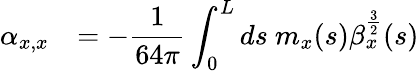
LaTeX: \begin{array}{cl}{\displaystyle\alpha_{x,x}}&{=\displaystyle-\frac{1}{64\pi}\int_{0}^{L}{ds\ m_{x}(s)\beta_{x}^{\frac{3}{2}}(s)}}\end{array}